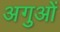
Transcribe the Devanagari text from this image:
अगुओं